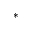
^ *